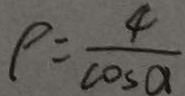
\rho = \frac { 4 } { \cos \alpha }